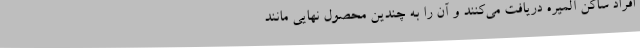
افراد ساکن آلمیره دریافت می‌کنند و آن را به چندین محصول نهایی مانند